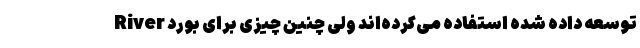
River توسعه داده شده استفاده می‌کرده‌اند ولی چنین چیزی برای بورد